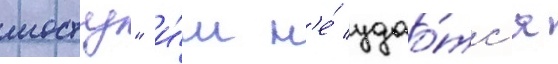
мосту" и́м н'е́ удао́тс'я